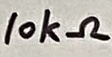
Text: 10kΩ